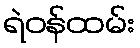
ရဲဝန်ထမ်း